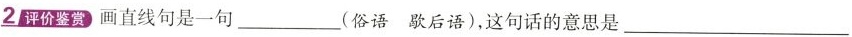
2评价鉴赏画直线句是一句____(俗语歇后语)，这句话的意思是____。